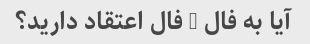
آیا به فال - فال اعتقاد دارید؟